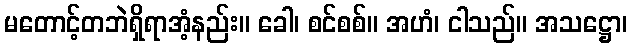
မတောင့်တဘဲရှိရာအံ့နည်း။ ခေါ၊ စင်စစ်။ အဟံ၊ ငါသည်။ အသဋ္ဌော၊